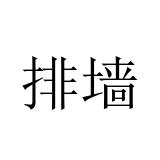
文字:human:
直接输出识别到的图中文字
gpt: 排墙